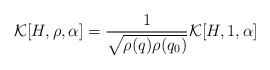
\begin{align*}{\cal K}[H,\rho,\alpha] = \frac{1}{\sqrt{\rho(q)\rho(q_0)}} {\cal K}[H,1, \alpha]\end{align*}